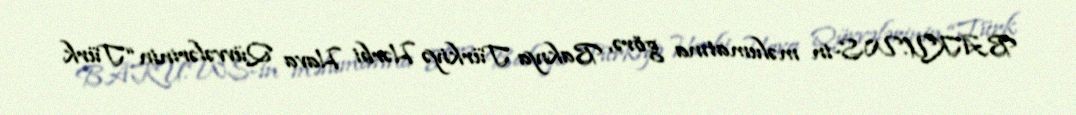
BAKU.WS-in məlumatına görə, Bakıya Türkiyə Hərbi Hava Qüvvələrinin “Türk